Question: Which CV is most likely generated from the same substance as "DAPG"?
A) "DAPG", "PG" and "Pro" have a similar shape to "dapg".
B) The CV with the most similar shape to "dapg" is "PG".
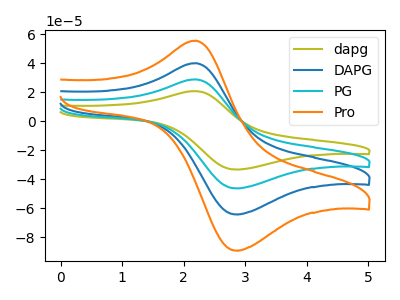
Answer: <think>The olive curve "dapg" has an anodic peak at (2.20V, 20.75uA) and a cathodic peak at (2.85V, -33.35uA). The blue curve "DAPG" has an anodic peak at (2.20V, 57.60uA) and a cathodic peak at (2.85V, -92.65uA). The cyan curve "PG" has an anodic peak at (2.20V, 28.80uA) and a cathodic peak at (2.85V, -46.35uA). The orange curve "Pro" has an anodic peak at (2.20V, 86.45uA) and a cathodic peak at (2.85V, -139.00uA).
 All the peaks in "dapg" have a peak in "DAPG" at the same potential. Every peak in "dapg" is lower than every peak in "DAPG". All the peaks in "dapg" have a peak in "PG" at the same potential. Every peak in "dapg" is lower than every peak in "PG". All the peaks in "dapg" have a peak in "Pro" at the same potential. Every peak in "dapg" is lower than every peak in "Pro". All the peaks in "DAPG" have a peak in "PG" at the same potential. Every peak in "DAPG" is higher than every peak in "PG". All the peaks in "DAPG" have a peak in "Pro" at the same potential. Every peak in "DAPG" is lower than every peak in "Pro". All the peaks in "PG" have a peak in "Pro" at the same potential. Every peak in "PG" is lower than every peak in "Pro".</think>
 <answer>A) "DAPG", "PG" and "Pro" have a similar shape to "dapg".</answer>
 <eval>A</eval>